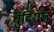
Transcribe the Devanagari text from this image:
धुंदिराज